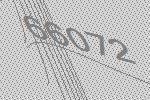
66072